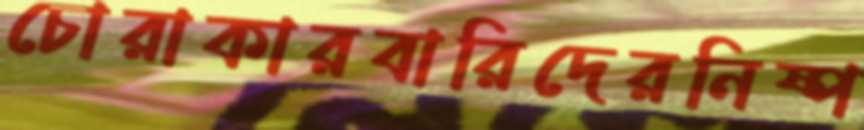
চোরাকারবারিদেরনিষ্প